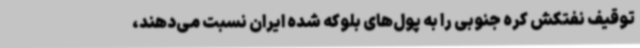
توقیف نفتکش کره جنوبی را به پول‌های بلوکه شده ایران نسبت می‌دهند،